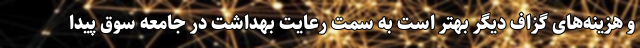
و هزینه‌های گزاف دیگر بهتر است به سمت رعایت بهداشت در جامعه سوق پیدا